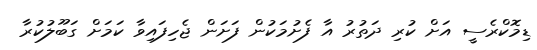
ޑިމޮކްރެސީ އަށް ކުރި ދަތުރު އާ ފެށުމަކުން ފަށަން ޖެހިފައިވާ ކަމަށް ގަބޫލުކުރާ